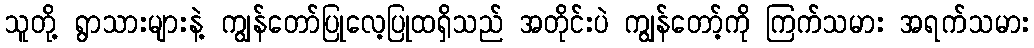
သူတို့ ရွာသားများနဲ့ ကျွန်တော်ပြုလေ့ပြုထရှိသည် အတိုင်းပဲ ကျွန်တော့်ကို ကြက်သမား အရက်သမား